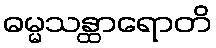
ဓမ္မသန္ထာရောတိ